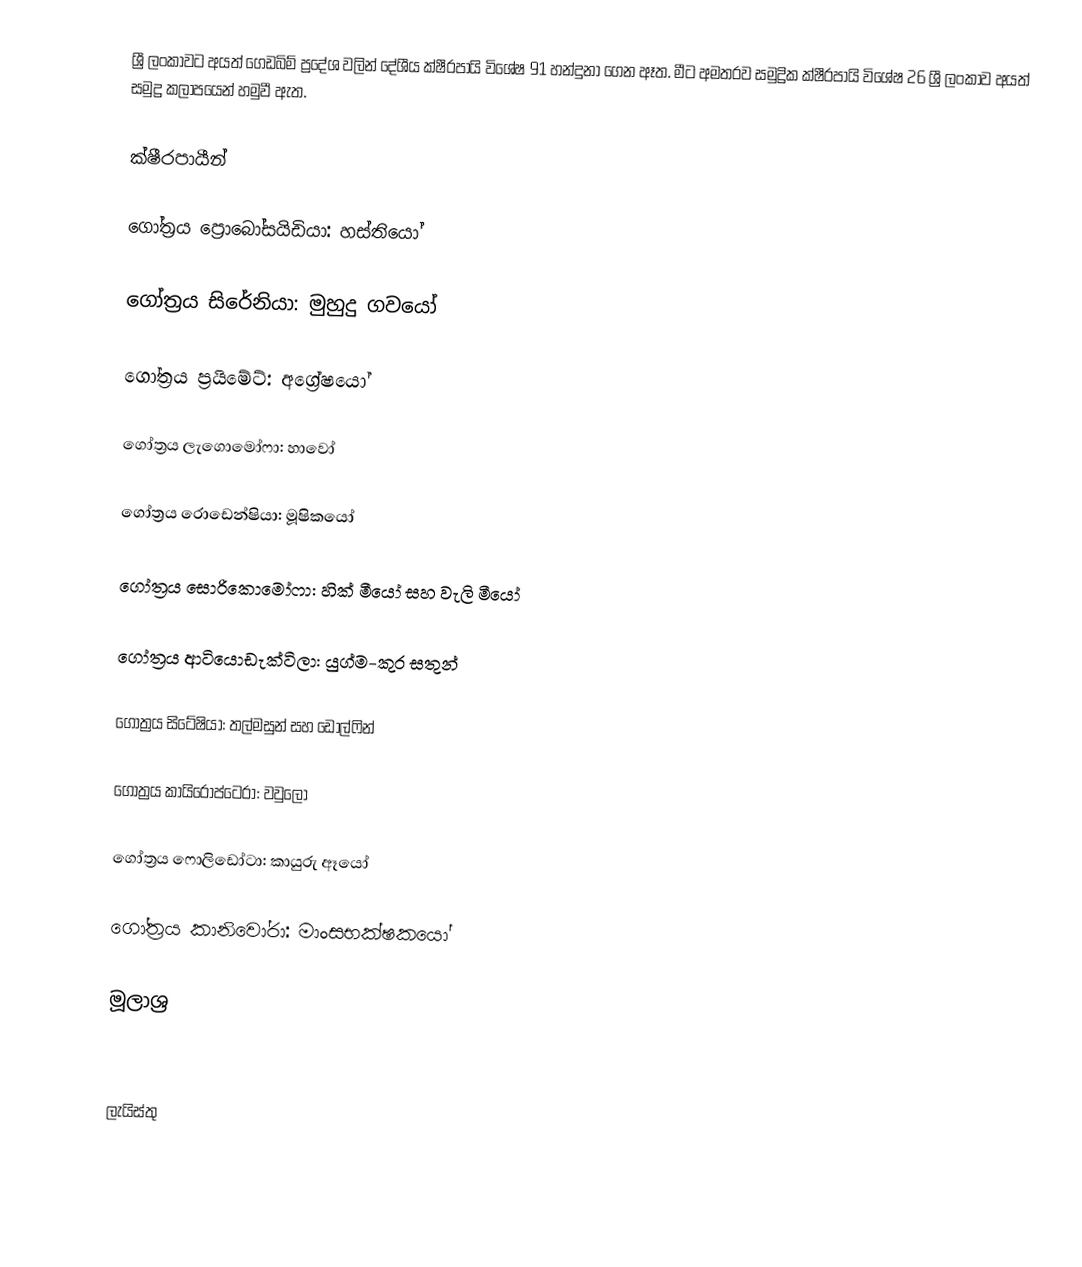
ශ්‍රී ලංකාවට අයත් ගෙඩබිම් ප්‍රදේශ වලින් දේශීය ක්ෂීරපායි විශේෂ 91 හන්දුනා ගෙන ඈත. මීට අමතරව සමුද්‍රික ක්ෂීරපායි විශේෂ 26 ශ්‍රී ලංකාව අයත් සමුද්‍ර කලාපයෙන් හමුවී ඇත.

ක්ෂීරපායීන්

ගෝත්‍රය ප්‍රොබෝසයිඩියා: හස්තියෝ

ගෝත්‍රය සිරේනියා: මුහුදු ගවයෝ

ගෝත්‍රය ප්‍රයිමේට්: අග්‍රේෂයෝ

ගෝත්‍රය ලැගොමෝෆා: හාවෝ

ගෝත්‍රය රොඩෙන්ෂියා: මූෂිකයෝ

ගෝත්‍රය සොරිකොමෝෆා: හික් මීයෝ සහ වැලි මීයෝ

ගෝත්‍රය ආටියොඩැක්ටිලා: යුග්ම-කුර සතුන්

ගෝත්‍රය සිටේෂියා: තල්මසුන් සහ ඩොල්ෆින්

ගෝත්‍රය කායිරොප්ටෙරා: වවුලෝ

ගෝත්‍රය ෆොලිඩෝටා: කායුරු ඈයෝ

ගෝත්‍රය කානිවෝරා: මාංසභක්ෂකයෝ

මූලාශ්‍ර

ලැයිස්තු